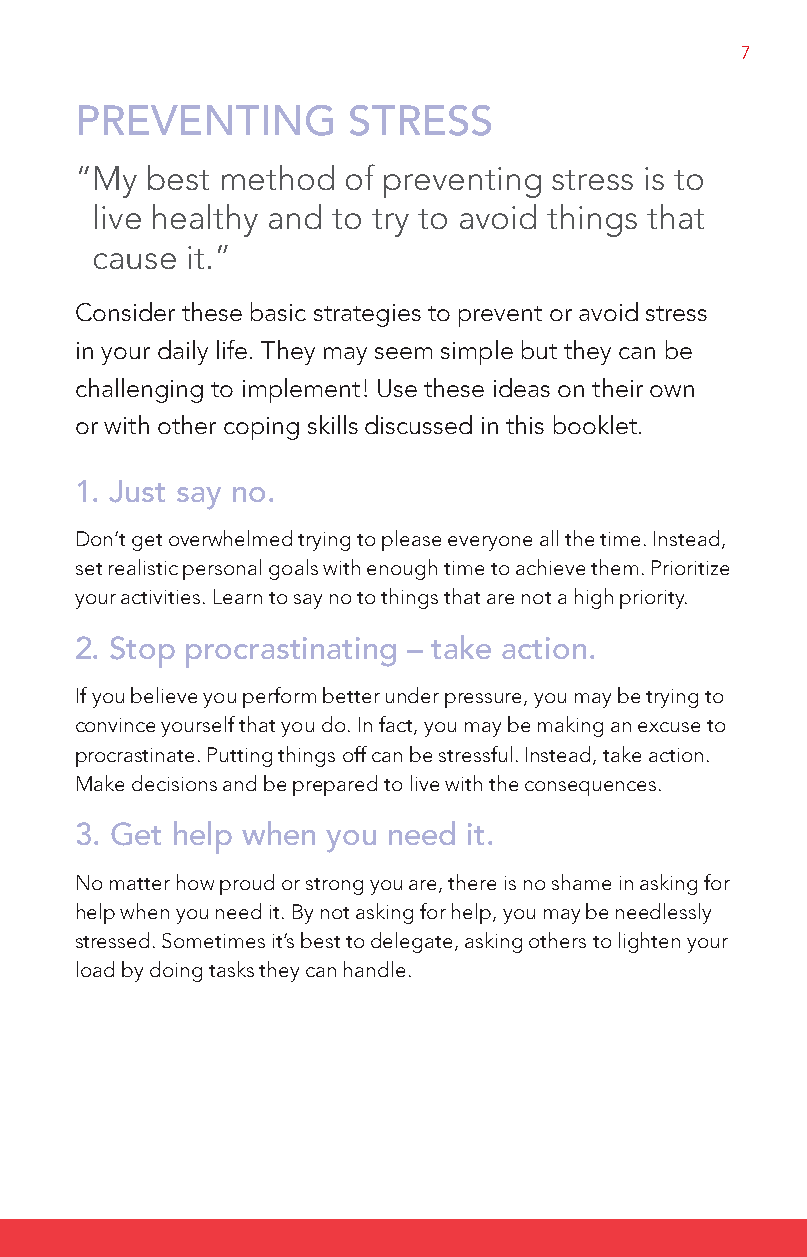
7
 PReVeNTiNg        STReSS
 “M y best method  of preventing stress is to
 live healthy and to try to avoid things that
 cause  it.”
 Consider these basic strategies to prevent or avoid stress
 in your daily life. They may seem simple but they can be
 challenging to implement! Use these ideas on their own
 or with other coping skills discussed in this booklet.
 1. Just say no.
 Don’t get overwhelmed trying to please everyone all the time. Instead,
 set realistic personal goals with enough time to achieve them. Prioritize
 your activities. learn to say no to things that are not a high priority.
 2. Stop procrastinating – take action.
 If you believe you perform better under pressure, you may be trying to
 convince yourself that you do. In fact, you may be making an excuse to
 procrastinate. Putting things off can be stressful. Instead, take action.
 Make decisions and be prepared to live with the consequences.
 3. get help when you need it.
 No matter how proud or strong you are, there is no shame in asking for
 help when you need it. By not asking for help, you may be needlessly
 stressed. Sometimes it’s best to delegate, asking others to lighten your
 load by doing tasks they can handle.
 DA_HSFCcoping-Englishresized.indd 7      4/19/10 1:09:06 PM